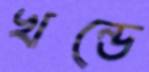
খন্ডে